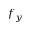
f _ { y }